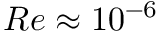
R e \approx 1 0 ^ { - 6 }